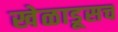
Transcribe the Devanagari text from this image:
खेळाडूसच